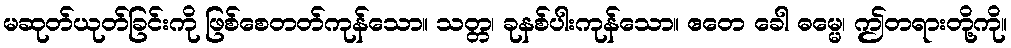
မဆုတ်ယုတ်ခြင်းကို ဖြစ်စေတတ်ကုန်သော။ သတ္တ၊ ခုနစ်ပါးကုန်သော။ ဧတေ ခေါ ဓမ္မေ၊ ဤတရားတို့ကို။